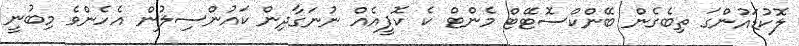
ލޮކުޑައުންގަ ތިބެގެން ބޭންކްސޮޓޭޓް މެންޓް ކެ ކޮޕީއެއް ނުނަގާދިން ކައުންސިލުން އެހެންވެ މިބުނީ